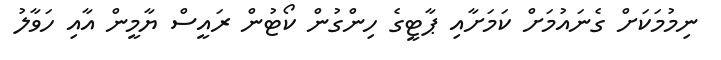
ނިމުމަކަށް ގެނައުމަށް ކަމަށާއި ޕާޓީގެ ހިންގުން ކޯޓުން ރައީސް ޔާމީން އާއި ހަވާލު